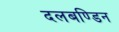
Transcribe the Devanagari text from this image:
दलबण्डिन